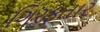
ગિરફતાર